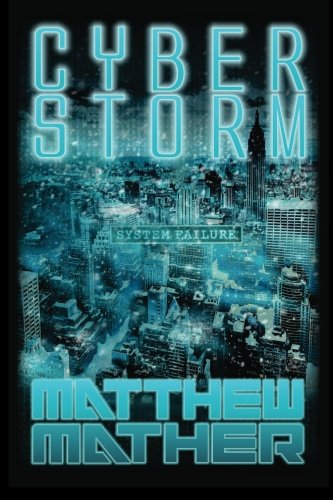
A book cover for CyberStorm; Matthew Mather; Mystery, Thriller & Suspense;